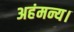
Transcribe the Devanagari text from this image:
अहंमन्य।